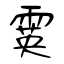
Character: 霙